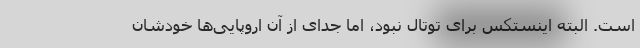
است. البته اینستکس برای توتال نبود، اما جدای از آن اروپایی‌ها خودشان